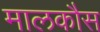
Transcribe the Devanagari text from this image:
मालकौस